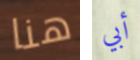
هنا أبي